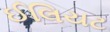
ઈલિયટ